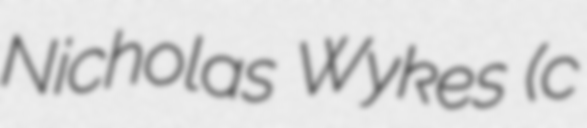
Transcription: Nicholas Wykes (c